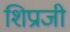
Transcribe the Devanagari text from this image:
शिप्राजी